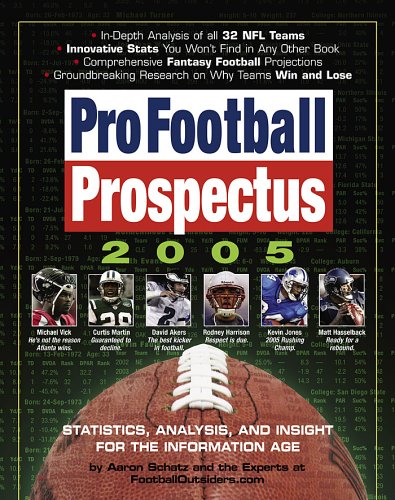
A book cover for Pro Football Prospectus 2005: Statistics, Analysis, and Insight for the Information Age; Staff of FootballOutsiders.com; Humor & Entertainment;